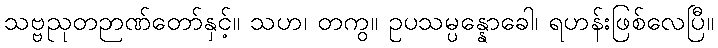
သဗ္ဗညုတဉာဏ်တော်နှင့်။ သဟ၊ တကွ။ ဥပသမ္ပန္နောခေါ၊ ရဟန်းဖြစ်လေပြီ။